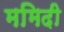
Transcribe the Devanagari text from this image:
ममिदी